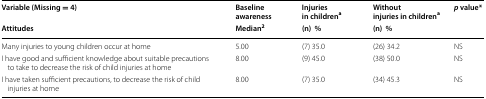
| Variable (Missing = 4) | Baseline awareness | Injuries in childrena | Without injuries in childrena | <ROWSPAN=2> p value* |
 | Attitudes | Median2 | (n)% | (n)% |
 | --- | --- | --- | --- | --- |
 | Many injuries to young children occur at home | 5.00 | (7) 35.0 | (26) 34.2 | NS |
 | I have good and sufficient knowledge about suitable precautions to take to decrease the risk of child injuries at home | 8.00 | (9) 45.0 | (38) 50.0 | NS |
 | I have taken sufficient precautions, to decrease the risk of child injuries at home | 8.00 | (7) 35.0 | (34) 45.3 | NS |